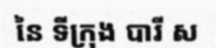
នៃ ទីក្រុង បារី ស